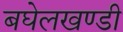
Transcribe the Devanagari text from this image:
बघेलखण्डी